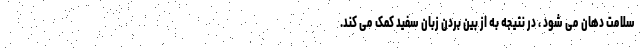
سلامت دهان می شود ، در نتیجه به از بین بردن زبان سفید کمک می کند.